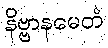
နိဗ္ဗာနမေတံ